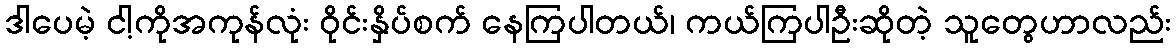
ဒါပေမဲ့ ငါ့ကိုအကုန်လုံး ဝိုင်းနှိပ်စက် နေကြပါတယ်၊ ကယ်ကြပါဦးဆိုတဲ့ သူတွေဟာလည်း